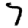
Digit: 7